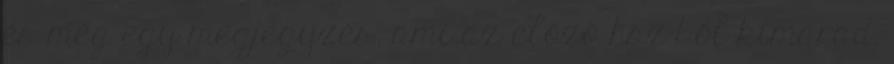
és még egy megjegyzés, ami az előző hsz-ből kimarad.